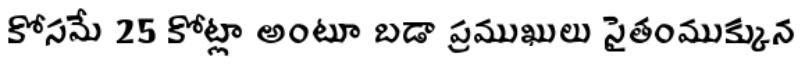
కోసమే 25 కోట్లా అంటూ బడా ప్రముఖులు సైతంముక్కున